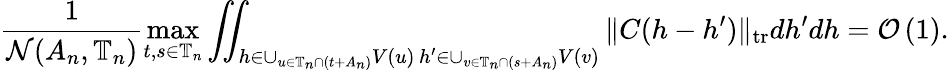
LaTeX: \frac{1}{\mathcal{N}(A_{n},\mathbb{T}_{n})}\operatorname*{max}_{t,s\in\mathbb{T}_{n}}\iint_{\substack{h\in\cup_{u\in\mathbb{T}_{n}\cap(t+A_{n})}V(u)\, h^{\prime}\in\cup_{v\in\mathbb{T}_{n}\cap(s+A_{n})}V(v)}}\| C(h-h^{\prime})\| _{\mathrm{tr}}dh^{\prime}dh=\mathcal{O}\left(1\right).